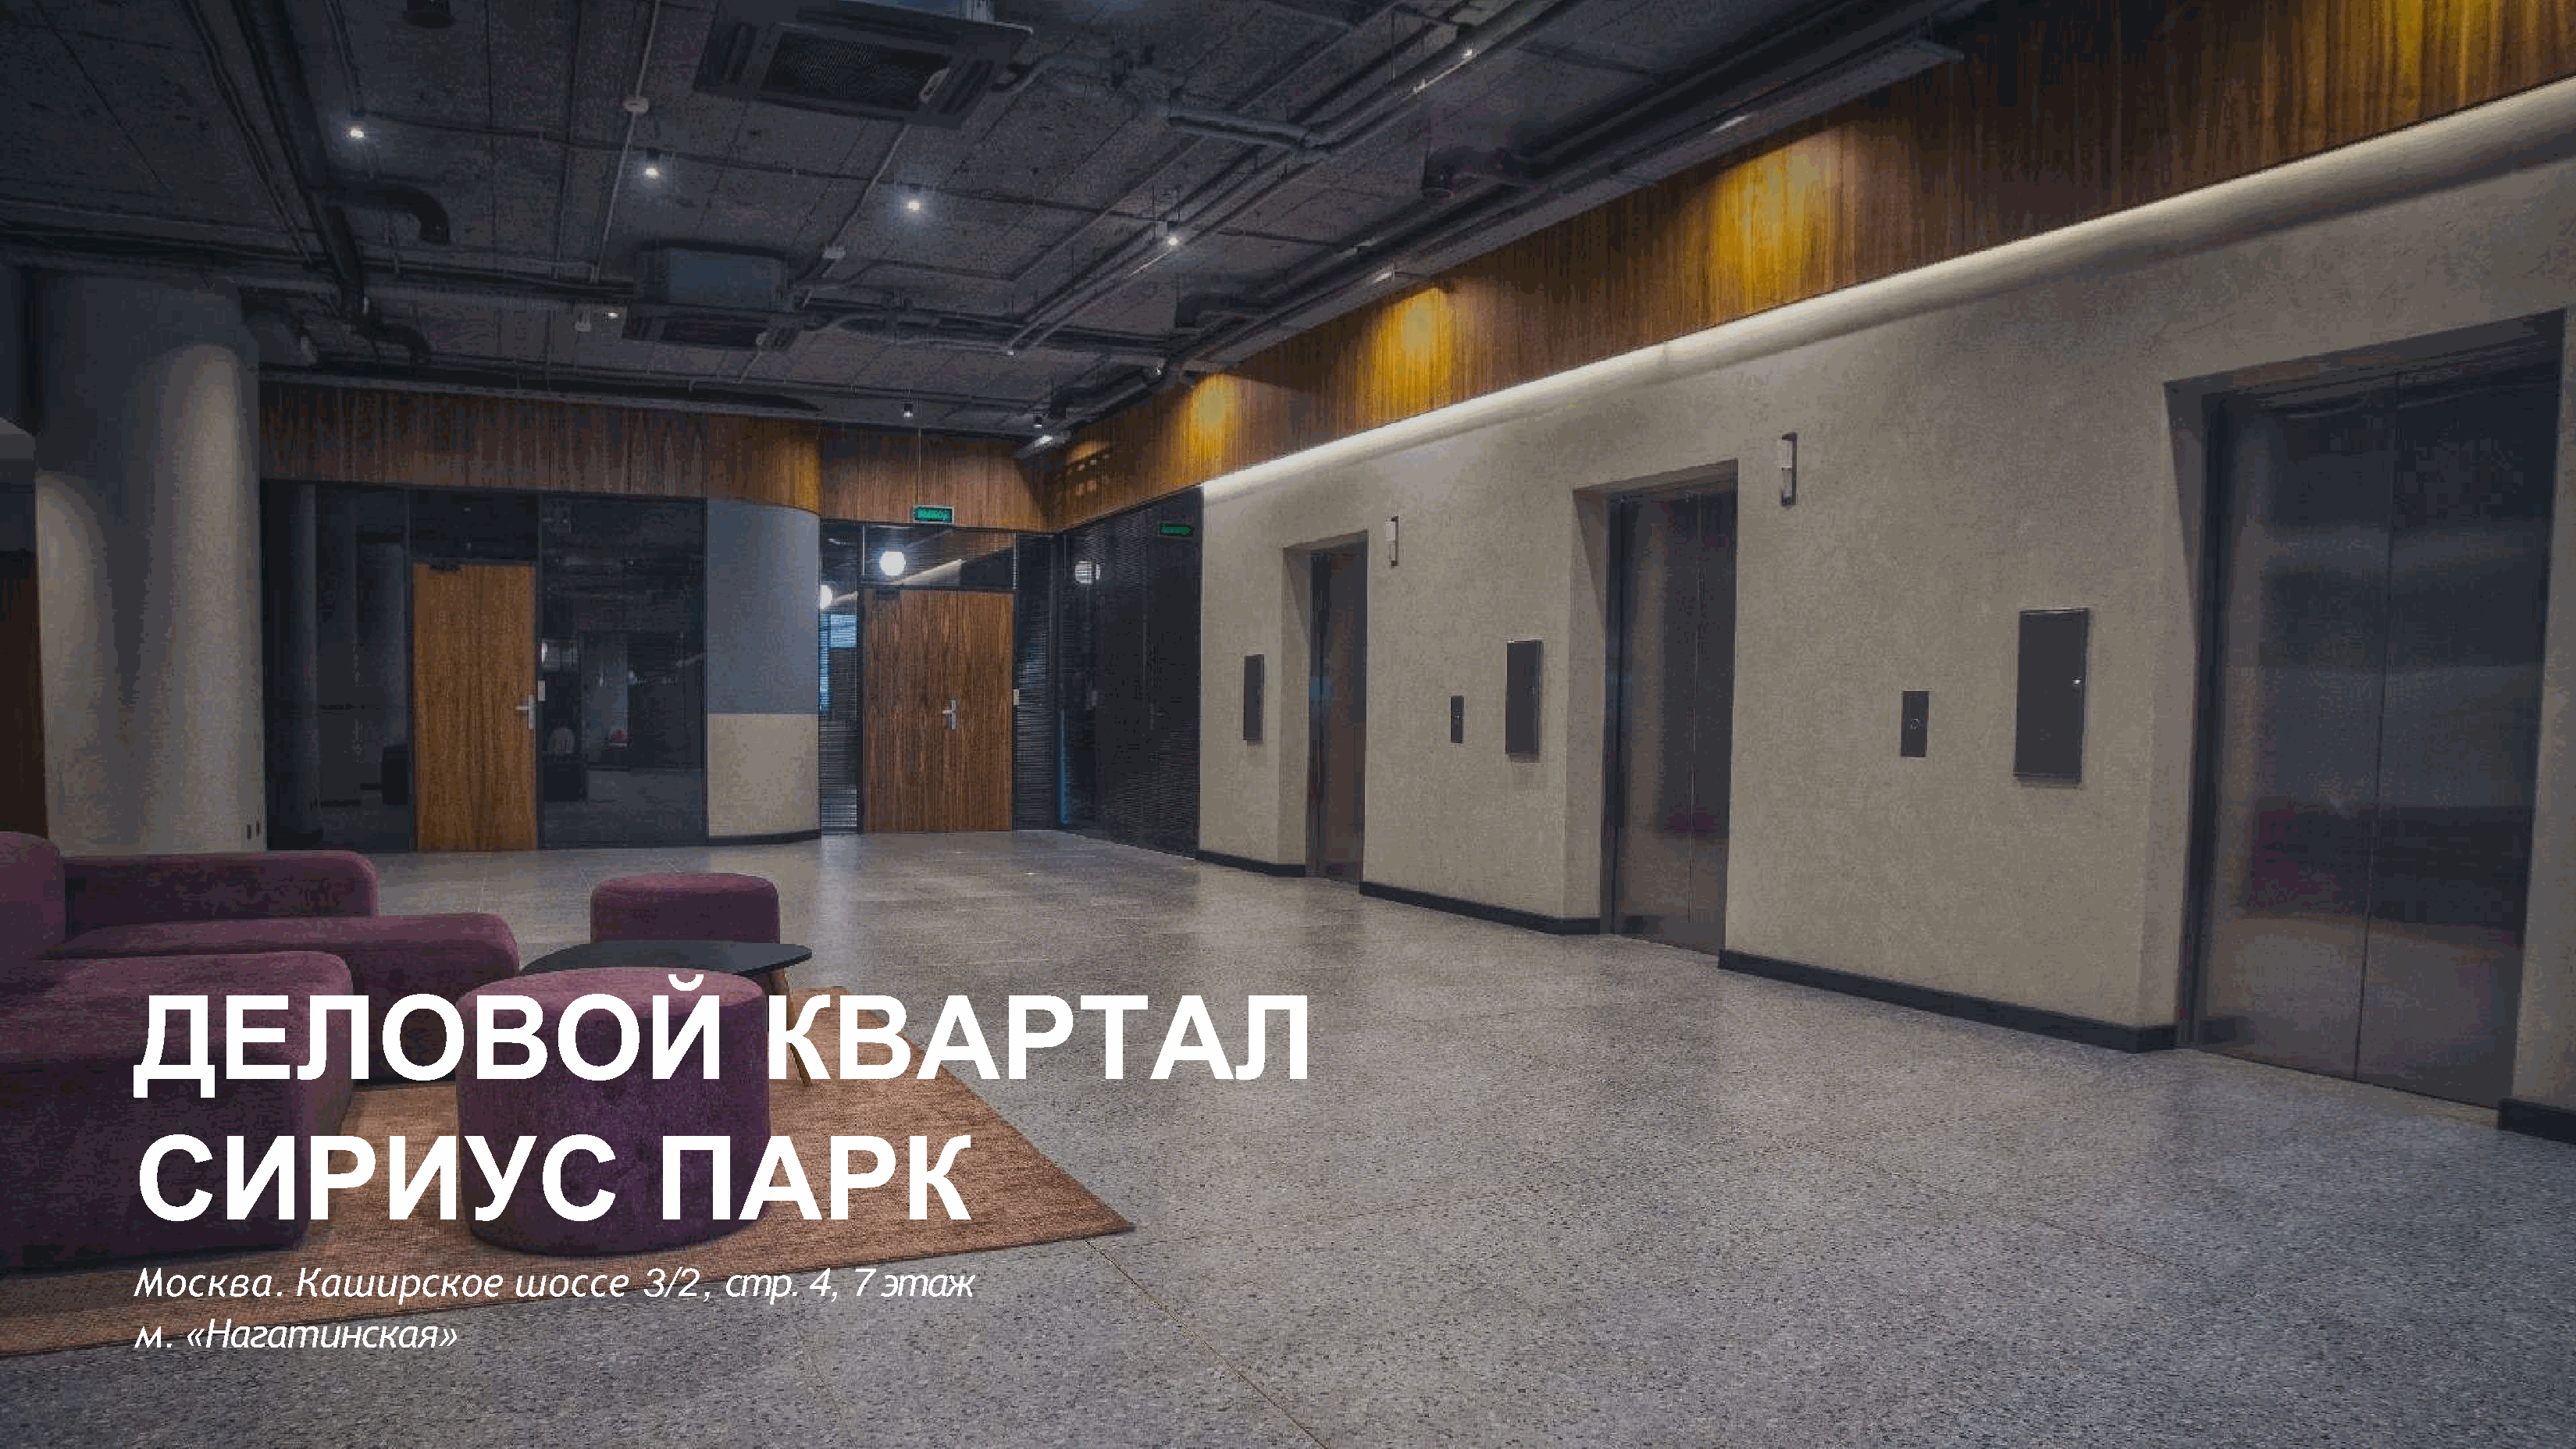
ДЕЛОВОЙ                                              КВАРТАЛ
 СИРИУС                                      ПАРК
 Москва.       Каширское          шоссе     3/2,   стр.   4,  7  этаж
 м.   «Нагатинская»